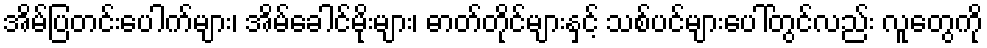
အိမ်ပြတင်းပေါက်များ၊ အိမ်ခေါင်မိုးများ၊ ဓာတ်တိုင်များနှင့် သစ်ပင်များပေါ်တွင်လည်း လူတွေကို